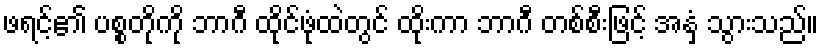
ဖရင့်၏ ပစ္စတိုကို ဘာဂီ ထိုင်ဖုံထဲတွင် ထိုးကာ ဘာဂီ တစ်စီးဖြင့် အနှံ့ သွားသည်။